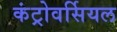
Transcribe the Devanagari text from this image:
कंट्रोवर्सियल